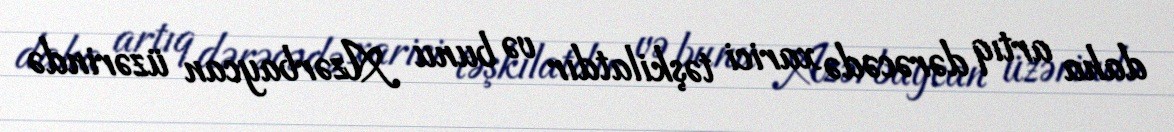
daha artıq dərəcədə xarici təşkilatdır və bunu Azərbaycan üzərində